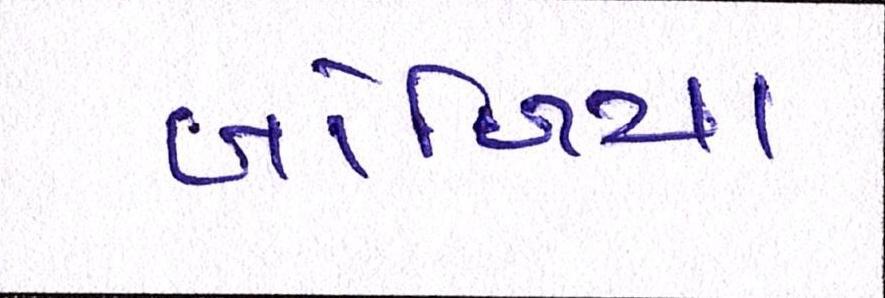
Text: બોળિયા